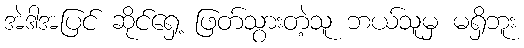
အဲဒါအပြင် ဆိုင်ရှေ့ ဖြတ်သွားတဲ့သူ ဘယ်သူမှ မရှိဘူး